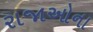
રાજાઓના